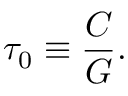
\tau _ { 0 } \equiv \frac { C } { G } .